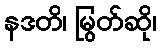
နဒတိ၊ မြွတ်ဆို၊